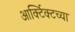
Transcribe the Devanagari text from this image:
आर्क्टिक्टच्या